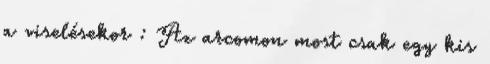
a viselésekor : Az arcomon most csak egy kis